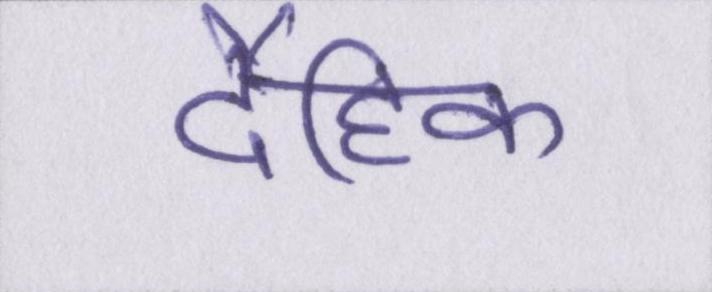
दैहिक